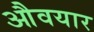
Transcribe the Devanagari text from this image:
औवयार